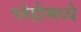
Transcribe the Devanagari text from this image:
प्लेहीमध्ये